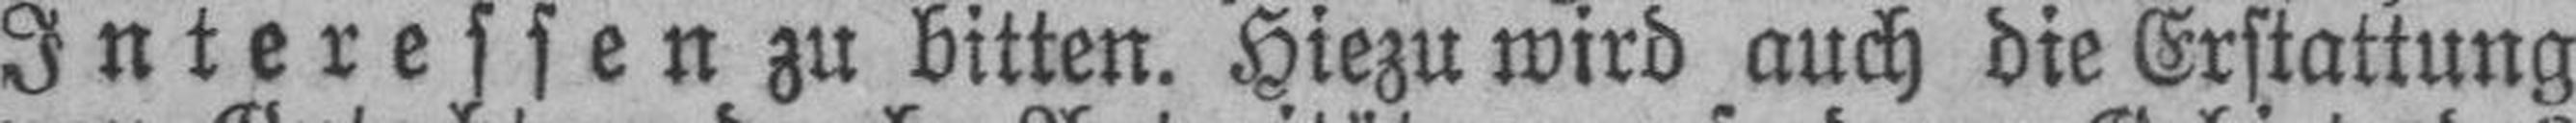
Interessen zu bitten. Hiezu wird auch die Erstattung